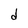
Character: d